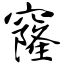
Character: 窿